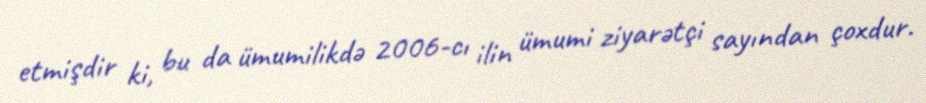
etmişdir ki, bu da ümumilikdə 2006-cı ilin ümumi ziyarətçi sayından çoxdur.